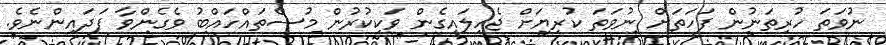
ނުވަތަ ހުރިތަނުން ފަހަތަށް ނުވަތަ ކުރިޔަށް ޖެހިލައިގެން ވަކިކުރުން މުސްތައްހައްބު ވެގެންވާ ފަދައިންނެވެ.